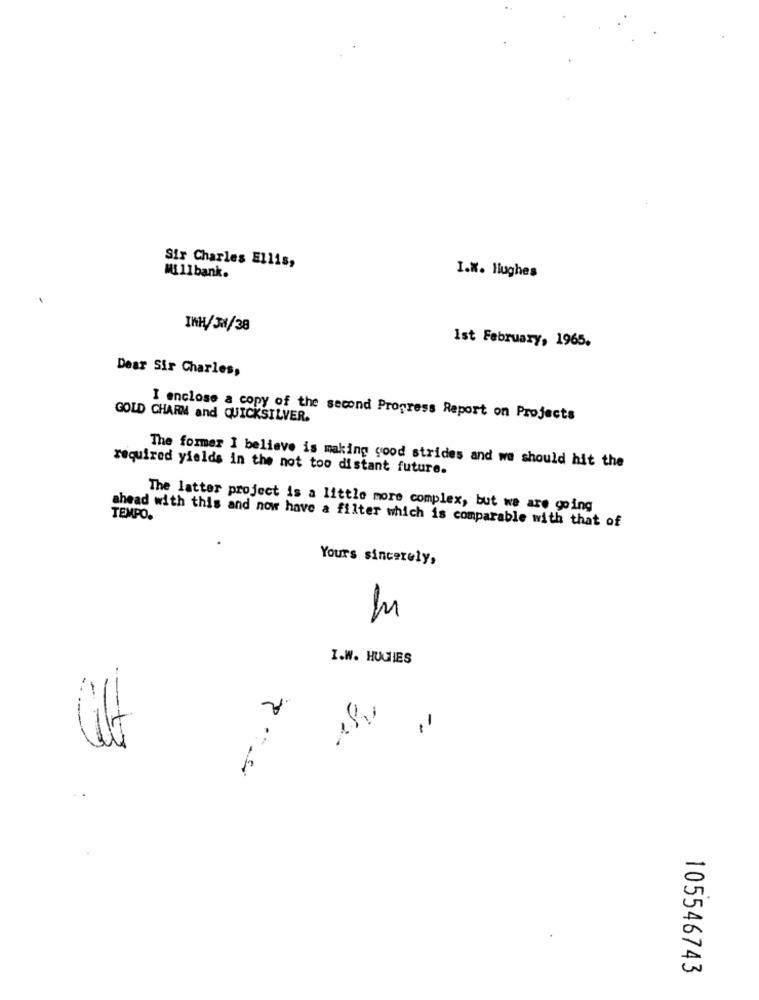
Sir Charles Ellis,
Millbank.
I.W. Hughes
INH/JW/38
Ist February, 1965.
Dear Sir Charles,
GOLD CHARM and QUICKSILVER.
I enclose a copy of the second Progress Report on Projects
required yields in the not too distant future.
The former I believe is making good strides and we should hit the
The latter project is a little more complex, but we are going
TEMPO.
ahead with this and now have a filter which is comparable with that of
Yours sincerely,
I.W. HUGHES
5 :. 2
-
105546743